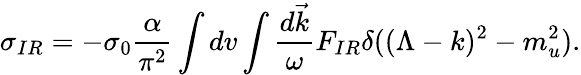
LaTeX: \sigma_{IR}=-\sigma_{0}{\frac{\alpha}{\pi^{2}}}\int dv\int{\frac{d\vec{k}}{\omega}}F_{IR}\delta((\Lambda-k)^{2}-m_{u}^{2}).